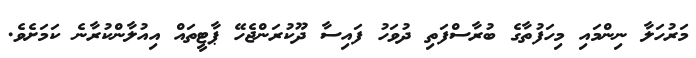
މަރުހަލާ ނިންމައި މިހަފުތާގެ ބުރާސްފަތި ދުވަހު ފައިސާ ދޫކުރަންޖެހޭ ޕާޓީތައް އިއުލާންކުރާނެ ކަމަށެވެ.